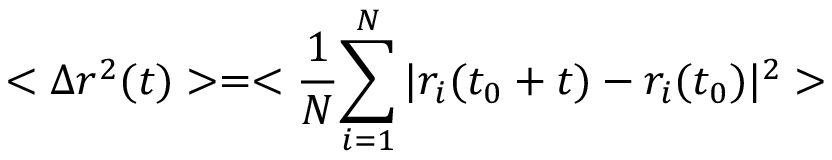
< \Delta r ^ { 2 } ( t ) > = < \frac { 1 } { N } { \sum _ { i = 1 } ^ { N } | r _ { i } ( t _ { 0 } + t ) - r _ { i } ( t _ { 0 } ) | ^ { 2 } } >